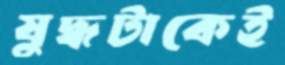
যুদ্ধটাকেই